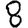
Digit: 8